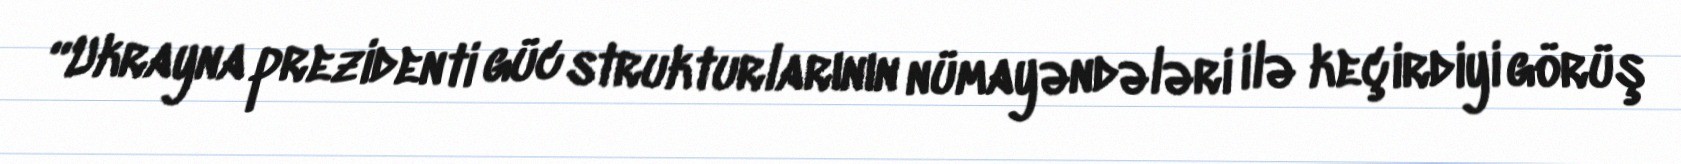
“Ukrayna prezidenti güc strukturlarının nümayəndələri ilə keçirdiyi görüş